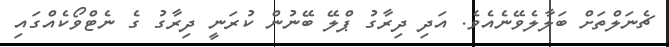
ޗެނަލްތަށް ބަލާލެވޭނެއެވެ. އަދި ދިރާގު ޕްލޭ ބޭނުން ކުރަނީ ދިރާގު ގެ ނެޓްވޯކެއްގައި